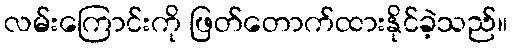
လမ်းကြောင်းကို ဖြတ်တောက်ထားနိုင်ခဲ့သည်။